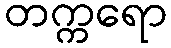
တက္ကရော